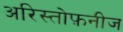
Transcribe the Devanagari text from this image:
अरिस्तोफ़नीज